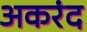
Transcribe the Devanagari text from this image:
अकरंद